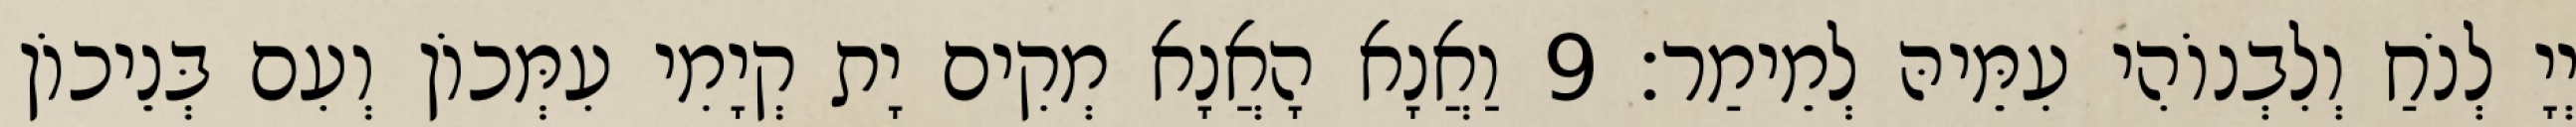
יְיָ לְנֹחַ וְלִבְנוֹהִי עִמֵּיהּ לְמֵימַר׃ 9 וַאֲנָא הָאֲנָא מְקִים יָת קְיָמִי עִמְּכוֹן וְעִם בְּנֵיכוֹן